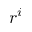
r ^ { i }